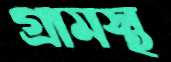
গ্রামস্থ